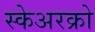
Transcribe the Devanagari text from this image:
स्केअरक्रो